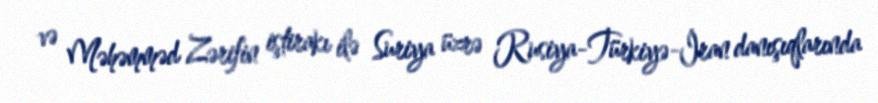
və Məhəmməd Zərifin iştirakı ilə Suriya üzrə Rusiya-Türkiyə-İran danışıqlarında